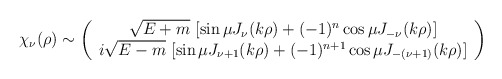
\begin{align*}\chi_{\nu}(\rho)\sim \left(\begin{array}{c}\sqrt{E+m}\ [\sin\mu J_{\nu}(k\rho) +(-1)^n \cos\mu J_{-\nu}(k\rho)] \\i\sqrt{E-m}\ [\sin\mu J_{\nu+1}(k\rho) +(-1)^{n+1} \cos\mu J_{-(\nu+1)}(k\rho)] \\\end{array}\right)\end{align*}